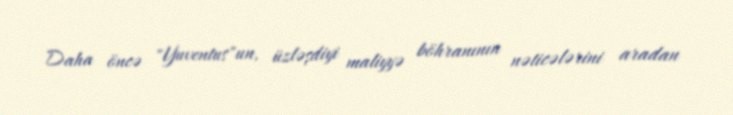
Daha öncə "Yuventus"un, üzləşdiyi maliyyə böhranının nəticələrini aradan